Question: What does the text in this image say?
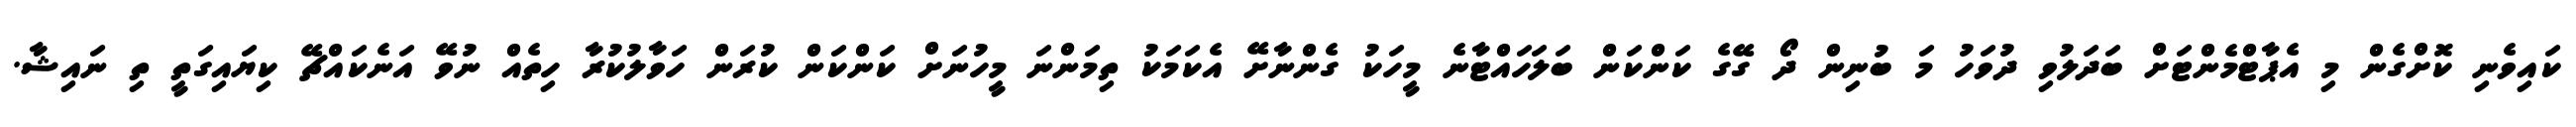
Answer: ކައިވެނި ކޮށްގެން މި އެޕާޓްމެންޓަށް ބަދަލުވި ދުވަހު މަ ބުނިން ދޯ ގޭގެ ކަންކަން ބަލަހައްޓާނެ މީހަކު ގެންނާށޭ އެކަމަކު ތިމަންނަ މީހުނަށް ކަންކަން ކުރަން ހަވާލުކުރާ ހިތެއް ނުވޭ އަނެކައްޗޭ ކިޔައިގަތީ ތި ނައިޝާ.